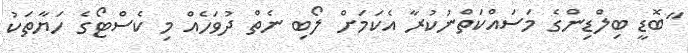
"ބޮޑީ ބިލްޑިންގެ މަސައްކަތްނުކުރާ އެކަމަށް ލޯބި ނެތް ދުވަހެއް މި ކެސްޓޯގެ ހަޔާތަކު